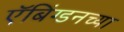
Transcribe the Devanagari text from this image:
ऍबिंग्डनच्या